General report no. 6 on the lunatic asylums, vaccination and dispensaries in the Bengal Presidency, 1873 -
Year: 1873
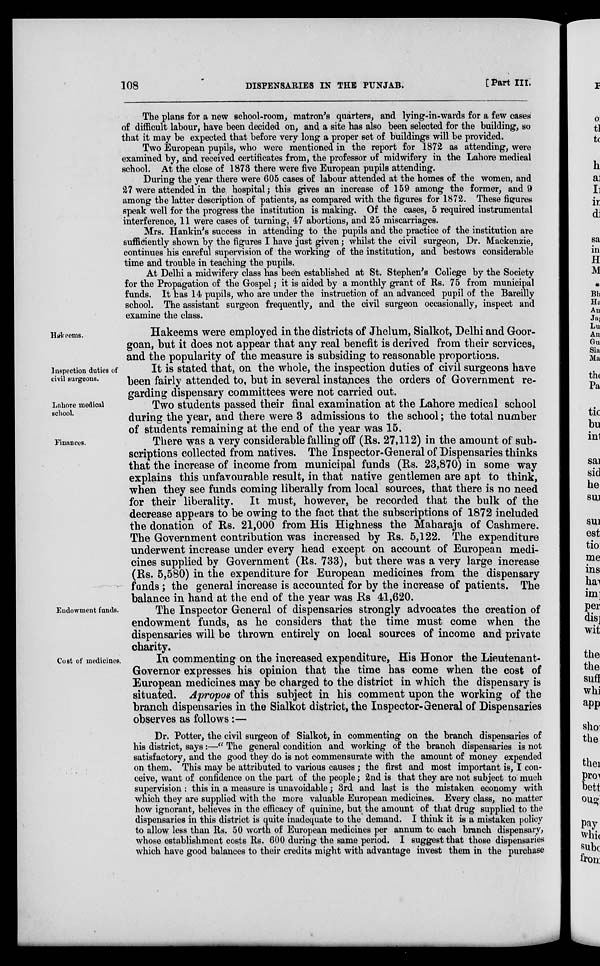
108
DISPENSARIES IN THE PUNJAB.
[Part III.
The plans for a new school-room, matron's quarters, and lying-in-wards for a few cases
of difficult labour, have been decided on, and a site has also been selected for the building, so
that it may be expected that before very long a proper set of buildings will be provided.
Two European pupils, who were mentioned in the report for 1872 as attending, were
examined by, and received certificates from, the professor of midwifery in the Lahore medical
school. At the close of 1873 there were five European pupils attending.
During the year there were 605 cases of labour attended at the homes of the women, and
27 were attended in the hospital; this gives an increase of 159 among the former, and 9
among the latter description of patients, as compared with the figures for 1872. These figures
speak well for the progress the institution is making. Of the cases, 5 required instrumental
interference, 11 were cases of turning, 47 abortions, and 25 miscarriages.
Mrs. Hankin's success in attending to the pupils and the practice of the institution are
sufficiently shown by the figures I have just given; whilst the civil surgeon, Dr. Mackenzie,
continues his careful supervision of the working of the institution, and bestows considerable
time and trouble in teaching the pupils.
At Delhi a midwifery class has been established at St. Stephen's College by the Society
for the Propagation of the Gospel; it is aided by a monthly grant of Rs. 75 from municipal
funds. It has 14 pupils, who are under the instruction of an advanced pupil of the Bareilly
school. The assistant surgeon frequently, and the civil surgeon occasionally, inspect and
examine the class.
Hakeems.
Hakeems were employed in the districts of Jhelum, Sialkot, Delhi and Goor.
goan, but it does not appear that any real benefit is derived from their services,
and the popularity of the measure is subsiding to reasonable proportions.
Inspection duties of
civil surgeons.
It is stated that, on the whole, the inspection duties of civil surgeons have
been fairly attended to, but in several instances the orders of Government re-
garding dispensary committees were not carried out.
Lahore medical
school.
Two students passed their final examination at the Lahore medical school
during the year, and there were 3 admissions to the school; the total number
of students remaining at the end of the year was 15.
Finances.
There was a very considerable falling off (Rs. 27,112) in the amount of sub-
scriptions collected from natives. The Inspector-General of Dispensaries thinks
that the increase of income from municipal funds (Rs. 23,870) in some way
explains this unfavourable result, in that native gentlemen are apt to think,
when they see funds coming liberally from local sources, that there is no need
for their liberality. It must, however, be recorded that the bulk of the
decrease appears to be owing to the fact that the subscriptions of 1872 included
the donation of Rs. 21,000 from His Highness the Maharaja of Cashmere.
The Government contribution was increased by Rs. 5,122. The expenditure
underwent increase under every head except on account of European medi-
cines supplied by Government (Rs. 733), but there was a very large increase
(Rs. 5,580) in the expenditure for European medicines from the dispensary
funds ; the general increase is accounted for by the increase of patients. The
balance in hand at the end of the year was Rs 41,620.
Endowment funds.
The Inspector General of dispensaries strongly advocates the creation of
endowment funds, as he considers that the time must come when the
dispensaries will be thrown entirely on local sources of income and private
charity.
Cost of medicines.
In commenting on the increased expenditure, His Honor the Lieutenant.
Governor expresses his opinion that the time has come when the cost of
European medicines may be charged to the district in which the dispensary is
situated. Apropos of this subject in his comment upon the working of the
branch dispensaries in the Sialkot district, the Inspector-General of Dispensaries
observes as follows:—
Dr. Potter, the civil surgeon of Sialkot, in commenting on the branch dispensaries of
his district, says:—" The general condition and working of the branch dispensaries is not
satisfactory, and the good they do is not commensurate with the amount of money expended
on them. This may be attributed to various causes; the first and most important is, I con-
ceive, want of confidence on the part of the people; 2nd is that they are not subject to much
supervision : this in a measure is unavoidable; 3rd and last is the mistaken economy with
which they are supplied with the more valuable European medicines. Every class, no matter
how ignorant, believes in the efficacy of quinine, but the amount of that drug supplied to the
dispensaries in this district is quite inadequate to the demand. I think it is a mistaken policy
to allow less than Rs. 50 worth of European medicines per annum to each branch dispensary,
whose establishment costs Rs. 600 during the same period. I suggest that those dispensaries
which have good balances to their credits might with advantage invest them in the purchase